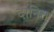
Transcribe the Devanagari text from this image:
दानित